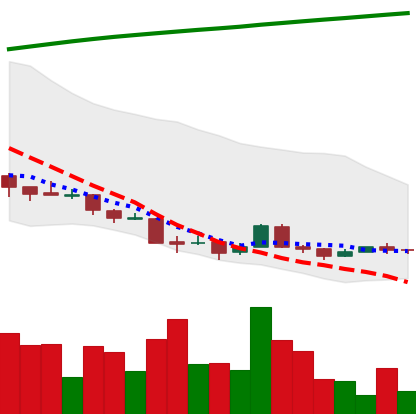
Ticker: XRP-USD
Chart end date: 2018-04-10
Forward return: 38.746%
Label: up_7plus